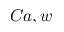
C a , w